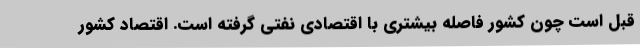
قبل است چون کشور فاصله بیشتری با اقتصادی نفتی گرفته است. اقتصاد کشور